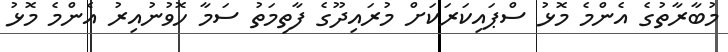
މުބާރާތުގެ އެންމެ މޮޅު ސްޕައިކަރަކަށް މުރައިދޫގެ ފާތިމަތު ސަމާ ހޮވުނުއިރު އެންމެ މޮޅު